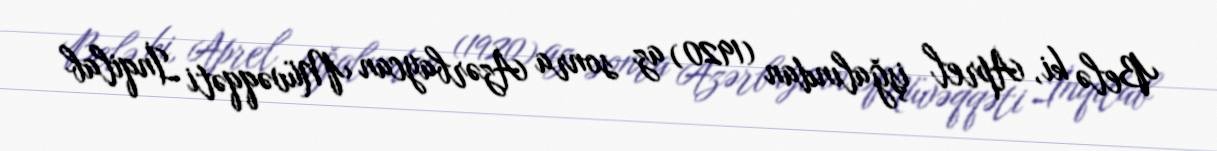
Belə ki, Aprel işğalından (1920) az sonra Azərbaycan Müvəqqəti İnqilab